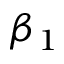
\beta _ { 1 }